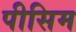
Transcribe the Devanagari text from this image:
पीसिम